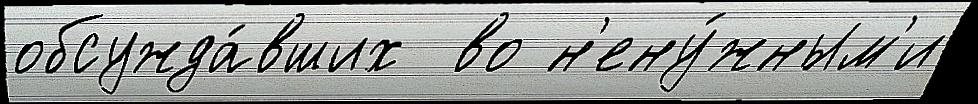
обсужда́вших  во н'ену́жным'и